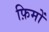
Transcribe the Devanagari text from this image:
फ़िमों